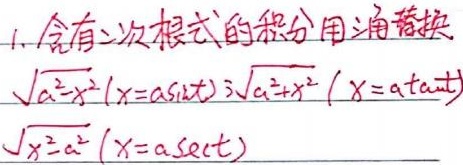
1. 含有二次根式的积分用换元法：
对于\(\sqrt{a^{2}-x^{2}}\)，令\(x = a\sin t\)；
对于\(\sqrt{a^{2}+x^{2}}\)，令\(x = a\tan t\)；
对于\(\sqrt{x^{2}-a^{2}}\)，令\(x = a\sec t\)。